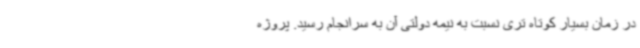
در زمان بسیار کوتاه تری نسبت به نیمه دولتی آن به سرانجام رسید. پروژه